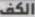
الكف